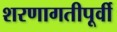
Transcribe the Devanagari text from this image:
शरणागतीपूर्वी